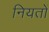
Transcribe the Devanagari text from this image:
नियतों